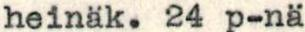
heinäk. 24p -nä